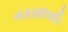
નકસલવાદી